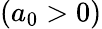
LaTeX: (a_{0}>0)